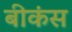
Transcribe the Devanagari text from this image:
बीकंस